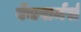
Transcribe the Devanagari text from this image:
बेंचवार्मर्स